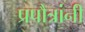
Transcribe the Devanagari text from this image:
प्रपौत्रांनी